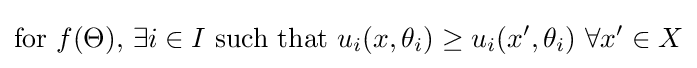
{\text{for }}f(\Theta ){\text{, }}\exists i\in I{\text{ such that }}u_{i}(x,\theta _{i})\geq u_{i}(x',\theta _{i})\ \forall x'\in X